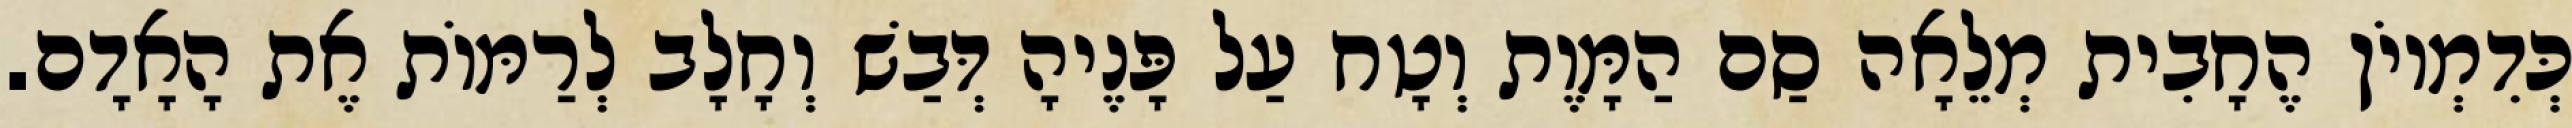
כְּדִמְיוֹן הֶחָבִית מְלֵאָה סַם הַמָּוֶת וְטָח עַל פָּנֶיהָ דְּבַשׁ וְחָלָב לְרַמּוֹת אֶת הָאָדָם.